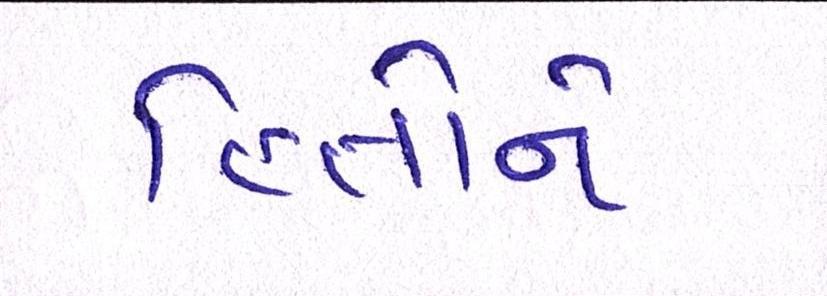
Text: હિતોને